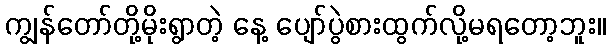
ကျွန်တော်တို့မိုးရွာတဲ့ နေ့ ပျော်ပွဲစားထွက်လို့မရတော့ဘူး။